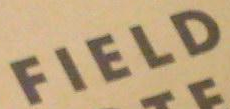
FIELD